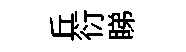
丘衍睇